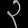
Digit: ၃